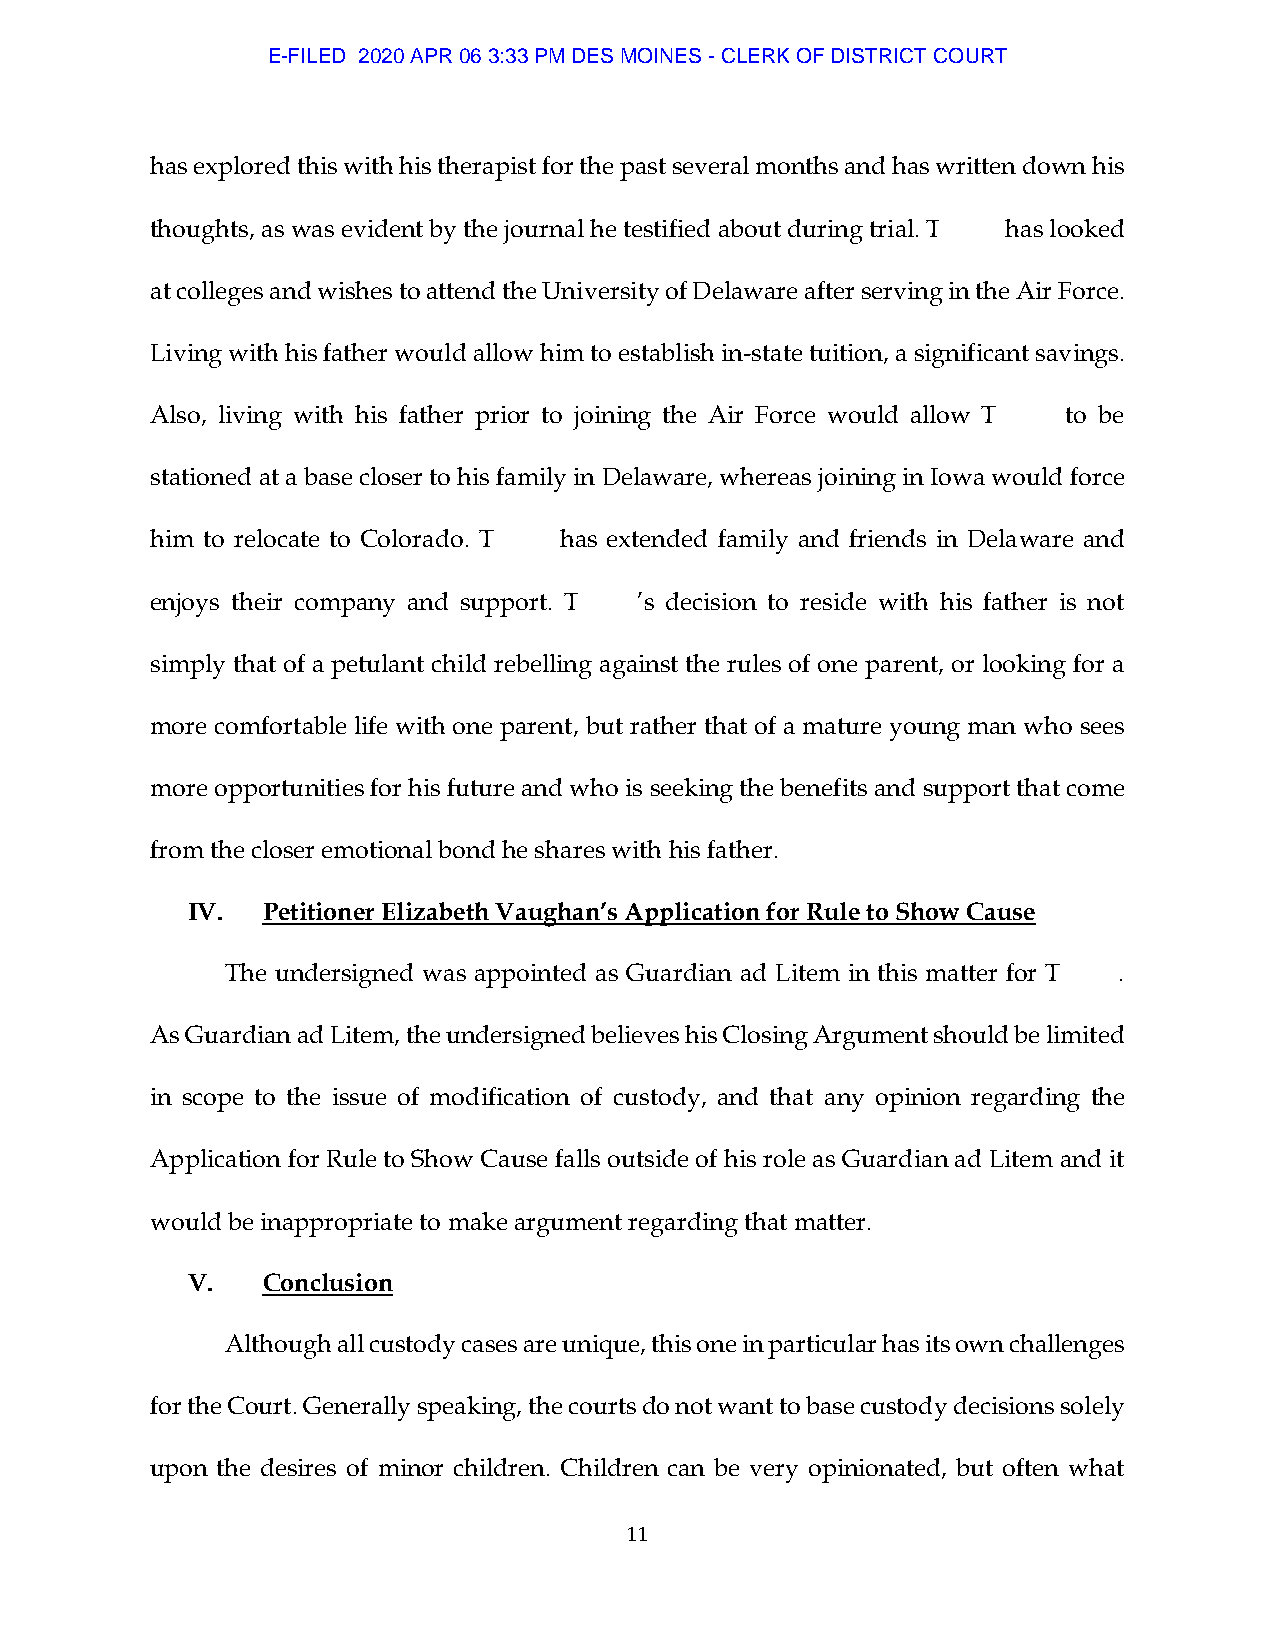
E-FILED 2020 APR 06 3:33 PM DES MOINES - CLERK OF DISTRICT COURT
 has explored this with his therapist for the past several months and has written down his
 thoughts, as was evident by the journal he testified about during trial. T has looked
 at colleges and wishes to attend the University of Delaware after serving in the Air Force.
 Living with his father would allow him to establish in-state tuition, a significant savings.
 Also, living with his father prior to joining the Air Force would allow T to be
 stationed at a base closer to his family in Delaware, whereas joining in Iowa would force
 him to relocate to Colorado. T has extended family and friends in Delaware and
 enjoys their company and support. T ’s decision to reside with his father is not
 simply that of a petulant child rebelling against the rules of one parent, or looking for a
 more comfortable life with one parent, but rather that of a mature young man who sees
 more opportunities for his future and who is seeking the benefits and support that come
 from the closer emotional bond he shares with his father.
 IV.  Petitioner Elizabeth Vaughan’s Application for Rule to Show Cause
 The undersigned was appointed as Guardian ad Litem in this matter for T .
 As Guardian ad Litem, the undersigned believes his Closing Argument should be limited
 in scope to the issue of modification of custody, and that any opinion regarding the
 Application for Rule to Show Cause falls outside of his role as Guardian ad Litem and it
 would be inappropriate to make argument regarding that matter.
 V.   Conclusion
 Although all custody cases are unique, this one in particular has its own challenges
 for the Court. Generally speaking, the courts do not want to base custody decisions solely
 upon the desires of minor children. Children can be very opinionated, but often what
 11